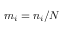
m _ { i } = n _ { i } / N